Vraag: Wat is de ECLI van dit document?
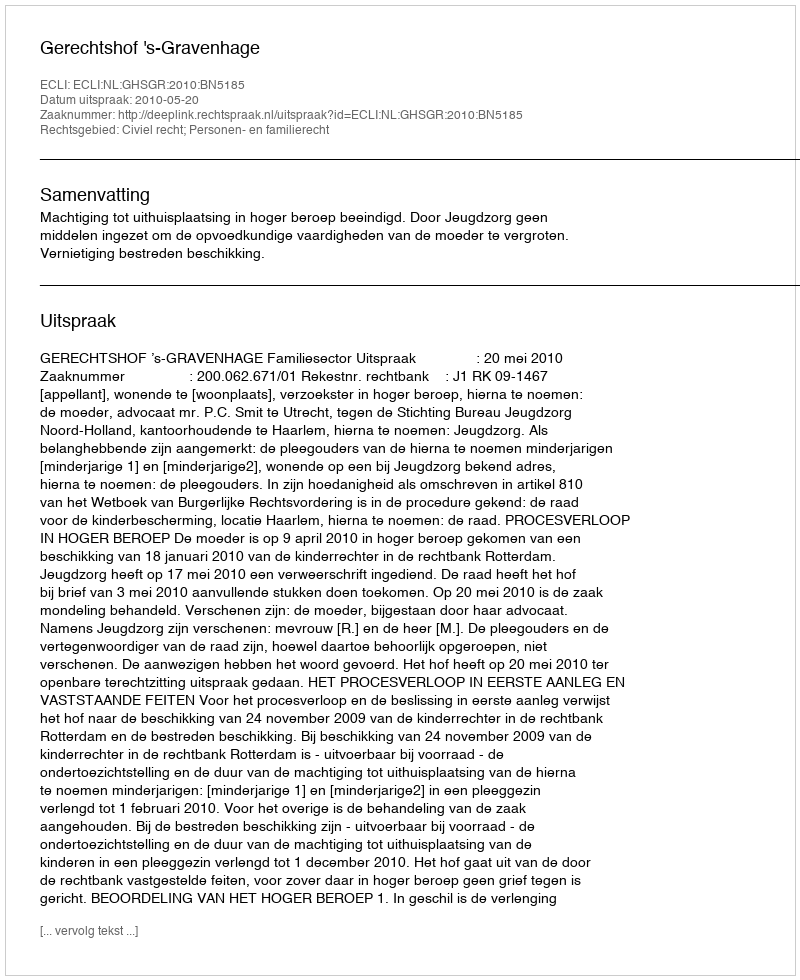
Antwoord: ECLI:NL:GHSGR:2010:BN5185